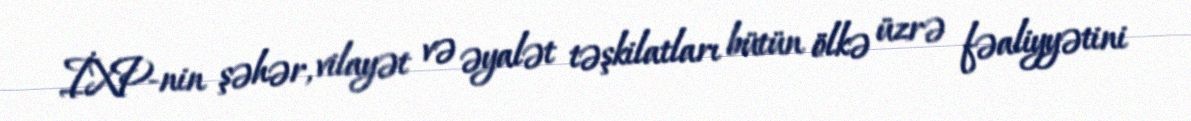
İXP-nin şəhər, vilayət və əyalət təşkilatları bütün ölkə üzrə fəaliyyətini